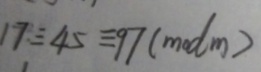
1 7 \equiv 4 5 \equiv 9 7 ( m o d m )